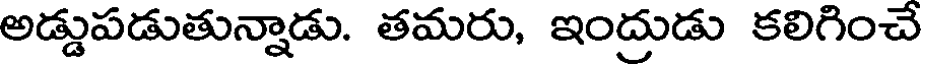
అడ్డుపడుతున్నాడు. తమరు, ఇంద్రుడు కలిగించే